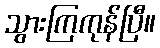
သွားကြကုန်ပြီ။